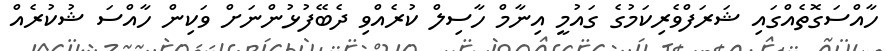
ހާއްސަގޮތެއްގައި ޝަރަފްވެރިކަމުގެ ގައުމީ އިނާމް ހާސިލް ކުރެއްވި ދެބޭފުޅުންނަށް ވަކިން ހާއްސަ ޝުކުރެއް